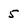
Character: 5